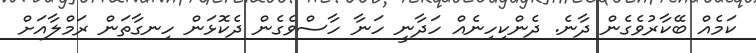
ކަމެއް ބޭކާރުވެގެން ދާނެ. ދެންކިހިނެއް ހަދާނީ ހަނާ ހާސްވެގެން ދެކޮޅަން ހިނގާތަން ރަމްލާއަށް